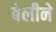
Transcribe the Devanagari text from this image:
बेलीने